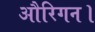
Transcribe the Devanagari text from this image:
औरिगन।